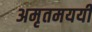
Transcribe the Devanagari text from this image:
अमृतमययी